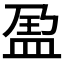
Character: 𱲑